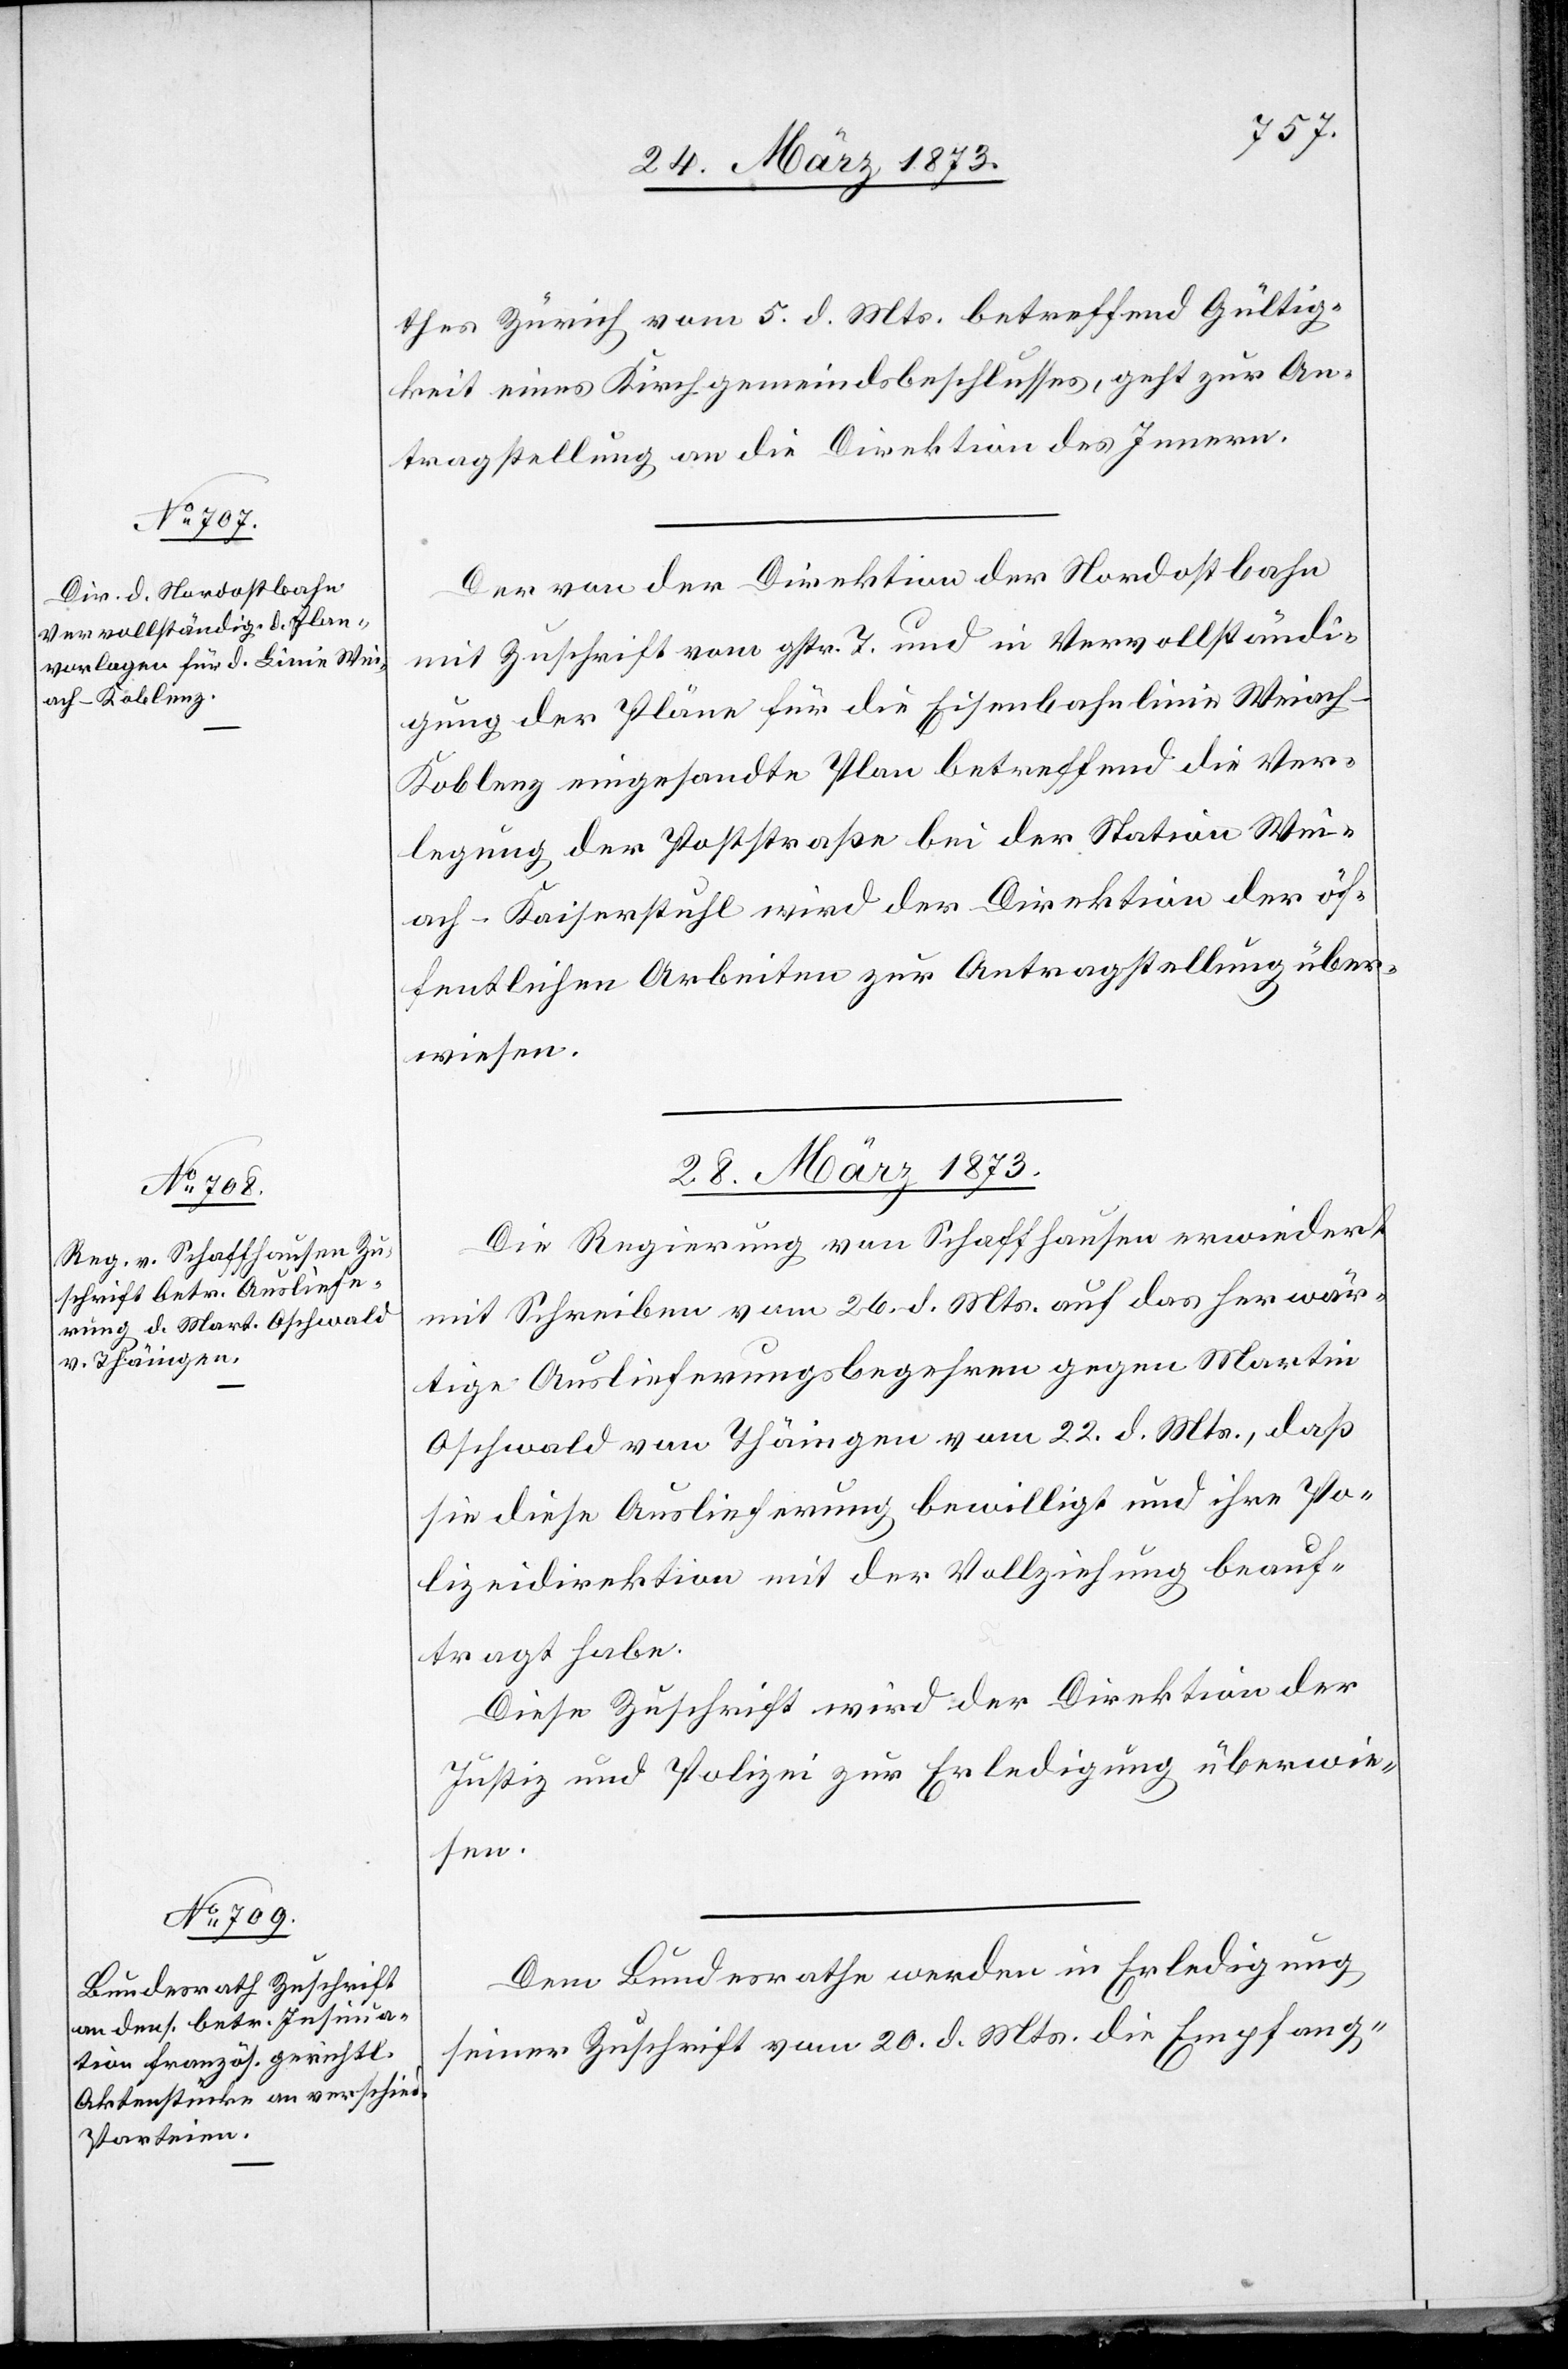
28. März 1873.]
thes Zürich vom 5. d. Mts. betreffend Gültig¬
keit eines Kirchgemeindsbeschlusses, geht zur An¬
tragstellung an die Direktion des Innern.
Der von der Direktion der Nordostbahn
mit Zuschrift vom gestr. T. und in Vervollständi¬
gung der Pläne für die Eisenbahnlinie Weiach–K¬
oblenz eingesandte Plan betreffend die Ver¬
legung der Poststraße bei der Station Wei¬
ach-Kaiserstuhl wird der Direktion der öf¬
fentlichen Arbeiten zur Antragstellung über¬
wiesen.
Die Regierung von Schaffhausen erwiedert
mit Schreiben vom 26. d. Mts. auf das herwär¬
tige Auslieferungsbegehren gegen Martin
Oschwald von Thäingen vom 22. d. Mts., daß
sie diese Auslieferung bewilligt und ihre Po¬
lizeidirektion mit der Vollziehung beauf¬
tragt habe.
Diese Zuschrift wird der Direktion der
Justiz und Polizei zur Erledigung überwie¬
sen.
Dem Bundesrathe werden in Erledigung
seiner Zuschrift vom 20. d. Mts. die Empfang-